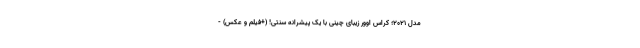
مدل 2021؛ کراس اوور زیبای چینی با یک پیشرانه سنتی! (+فیلم و عکس) -